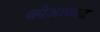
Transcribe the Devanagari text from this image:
कोआजाद